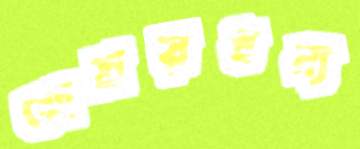
আশ্রয়ধন্য